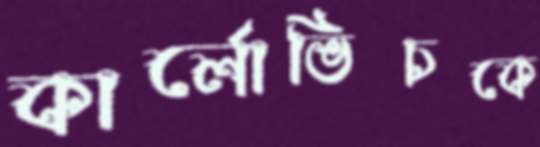
কার্লোভিচকে